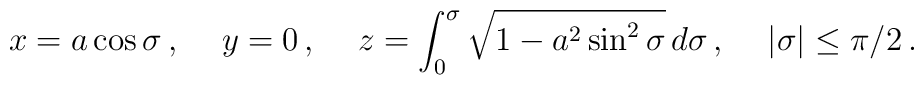
x=a\cos \sigma\, ,\hspace{0.5cm}y=0\, ,\hspace{0.5cm}z=\int_0^{\sigma}\sqrt{1-a^2\sin^2\sigma}\, d\sigma\, ,\hspace{0.5cm}|\sigma|\le \pi/2\, .